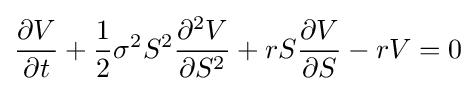
{\frac {\partial V}{\partial t}}+{\frac {1}{2}}\sigma ^{2}S^{2}{\frac {\partial ^{2}V}{\partial S^{2}}}+rS{\frac {\partial V}{\partial S}}-rV=0